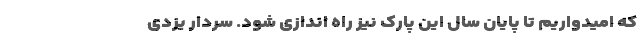
که امیدواریم تا پایان سال این پارک نیز راه اندازی شود. سردار یزدی